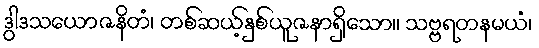
ဒွါဒသယောဇနိတံ၊ တစ်ဆယ့်နှစ်ယူဇနာရှိသော။ သဗ္ဗရတနမယံ၊